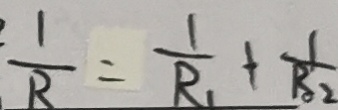
\frac { 1 } { R } = \frac { 1 } { R _ { 1 } } + \frac { 1 } { R _ { 2 } }